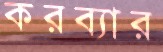
করব্যার